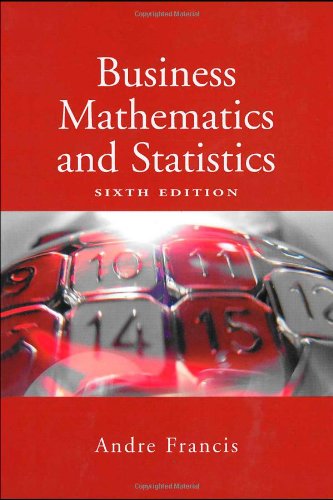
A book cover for Business Mathematics and Statistics; Andre Francis; Business & Money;